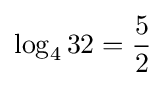
\log _{4}32={\frac {5}{2}}